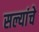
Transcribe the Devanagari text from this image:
सल्यांचे